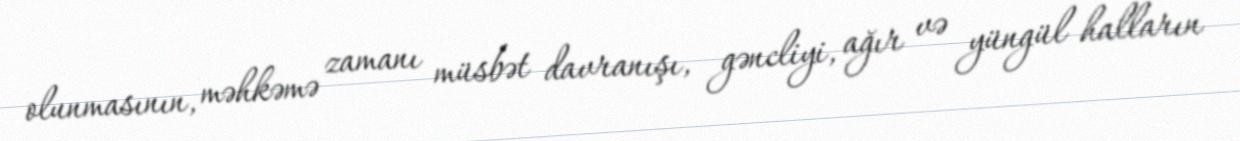
olunmasının, məhkəmə zamanı müsbət davranışı, gəncliyi, ağır və yüngül halların